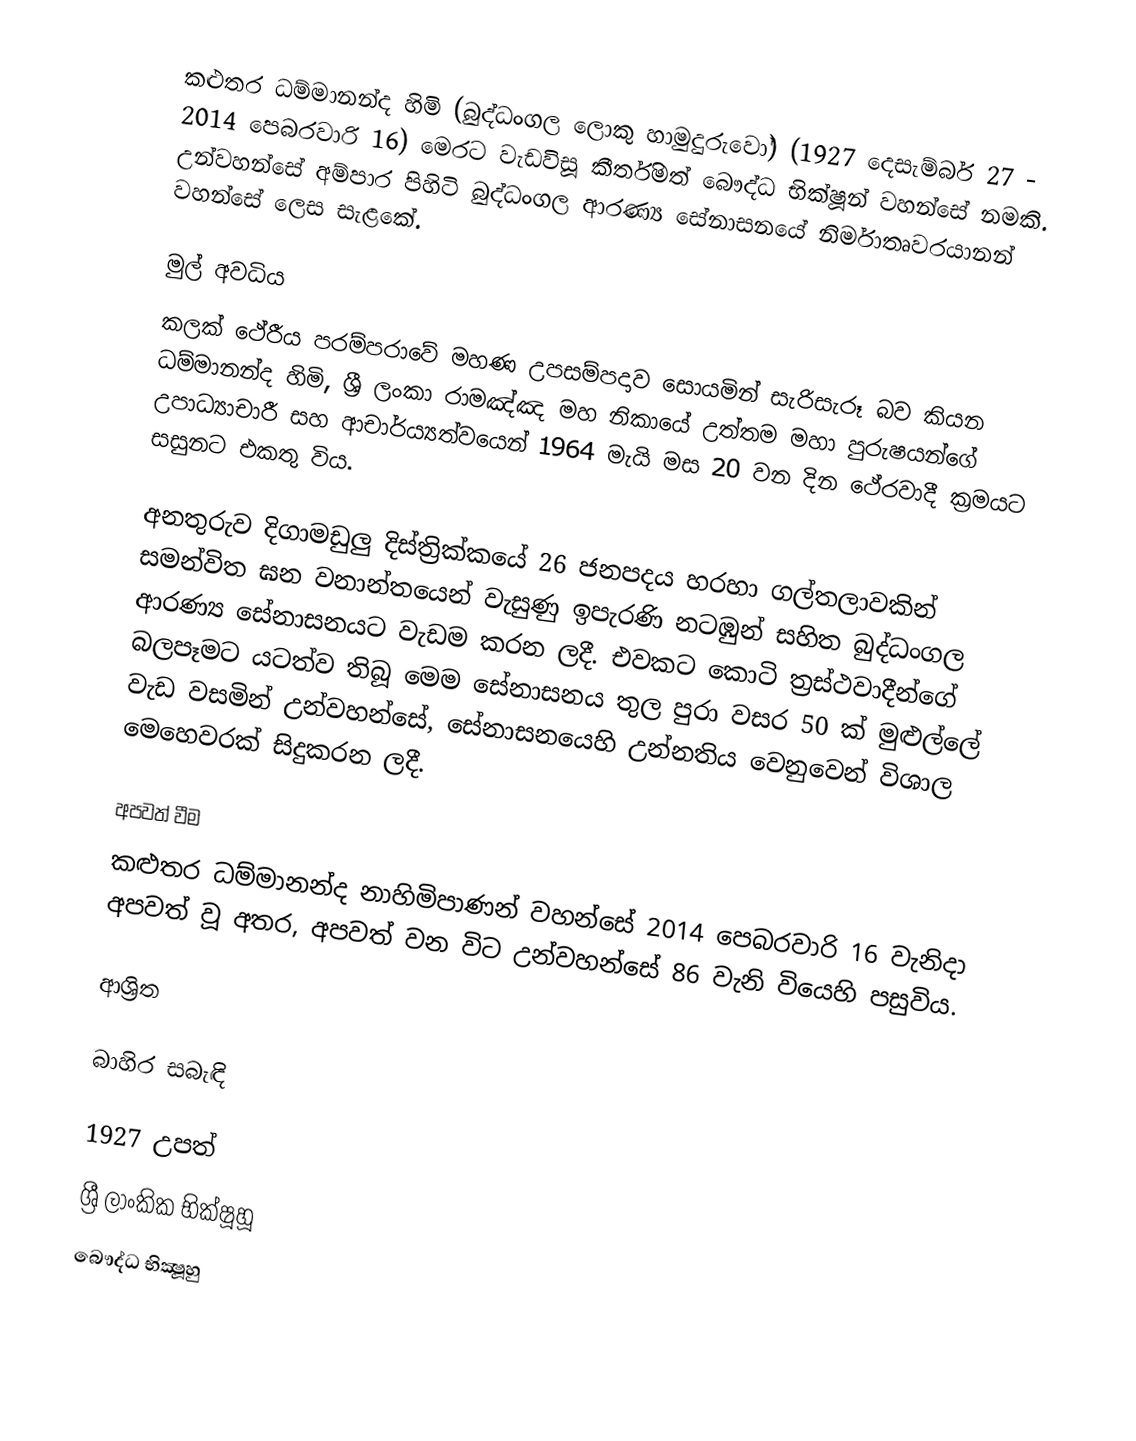
කළුතර ධම්මානන්ද හිමි (බුද්ධංගල ලොකු හාමුදුරුවෝ) (1927 දෙසැම්බර් 27 - 2014 පෙබරවාරි 16) මෙරට වැඩවිසූ කීර්තිමත් බෞද්ධ භික්ෂූන් වහන්සේ නමකි. උන්වහන්සේ අම්පාර පිහිටි බුද්ධංගල ආරණ්‍ය සේනාසනයේ නිර්මාතෘවරයානන් වහන්සේ ලෙස සැළකේ.

මුල් අවධිය
කලක් ථේරීය පරම්පරාවේ මහණ උපසම්පදාව සොයමින් සැරිසැරූ බව කියන ධම්මානන්ද හිමි, ශ්‍රී ලංකා රාමඤ්ඤ මහ නිකායේ උත්තම මහා පුරුෂයන්ගේ උපාධ්‍යාචාරී සහ ආචාර්ය්‍යත්වයෙන් 1964 මැයි මස 20 වන දින ථේරවාදී ක්‍රමයට සසුනට එකතු විය.

අනතුරුව දිගාමඩුලු දිස්ත්‍රික්කයේ 26 ජනපදය හරහා ගල්තලාවකින් සමන්විත ඝන වනාන්තයෙන් වැසුණු ඉපැරණි නටඹුන් සහිත බුද්ධංගල ආරණ්‍ය සේනාසනයට වැඩම කරන ලදී. එවකට කොටි ත්‍රස්ථවාදීන්ගේ බලපෑමට යටත්ව තිබූ මෙම සේනාසනය තුල පුරා වසර 50 ක් මුළුල්ලේ වැඩ වසමින් උන්වහන්සේ, සේනාසනයෙහි උන්නතිය වෙනුවෙන් විශාල මෙහෙවරක් සිදුකරන ලදී.

අපවත් වීම
කළුතර ධම්මානන්ද නාහිමිපාණන් වහන්සේ 2014 පෙබරවාරි 16 වැනිදා අපවත් වූ අතර, අපවත් වන විට උන්වහන්සේ 86 වැනි වියෙහි පසුවිය.

ආශ්‍රිත

බාහිර සබැඳි

1927 උපත්
ශ්‍රී ලාංකික භික්ෂූහූ
බෞද්ධ භික්‍ෂූහු